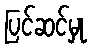
ပြင်ဆင်မှု